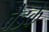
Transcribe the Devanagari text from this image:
बेडके